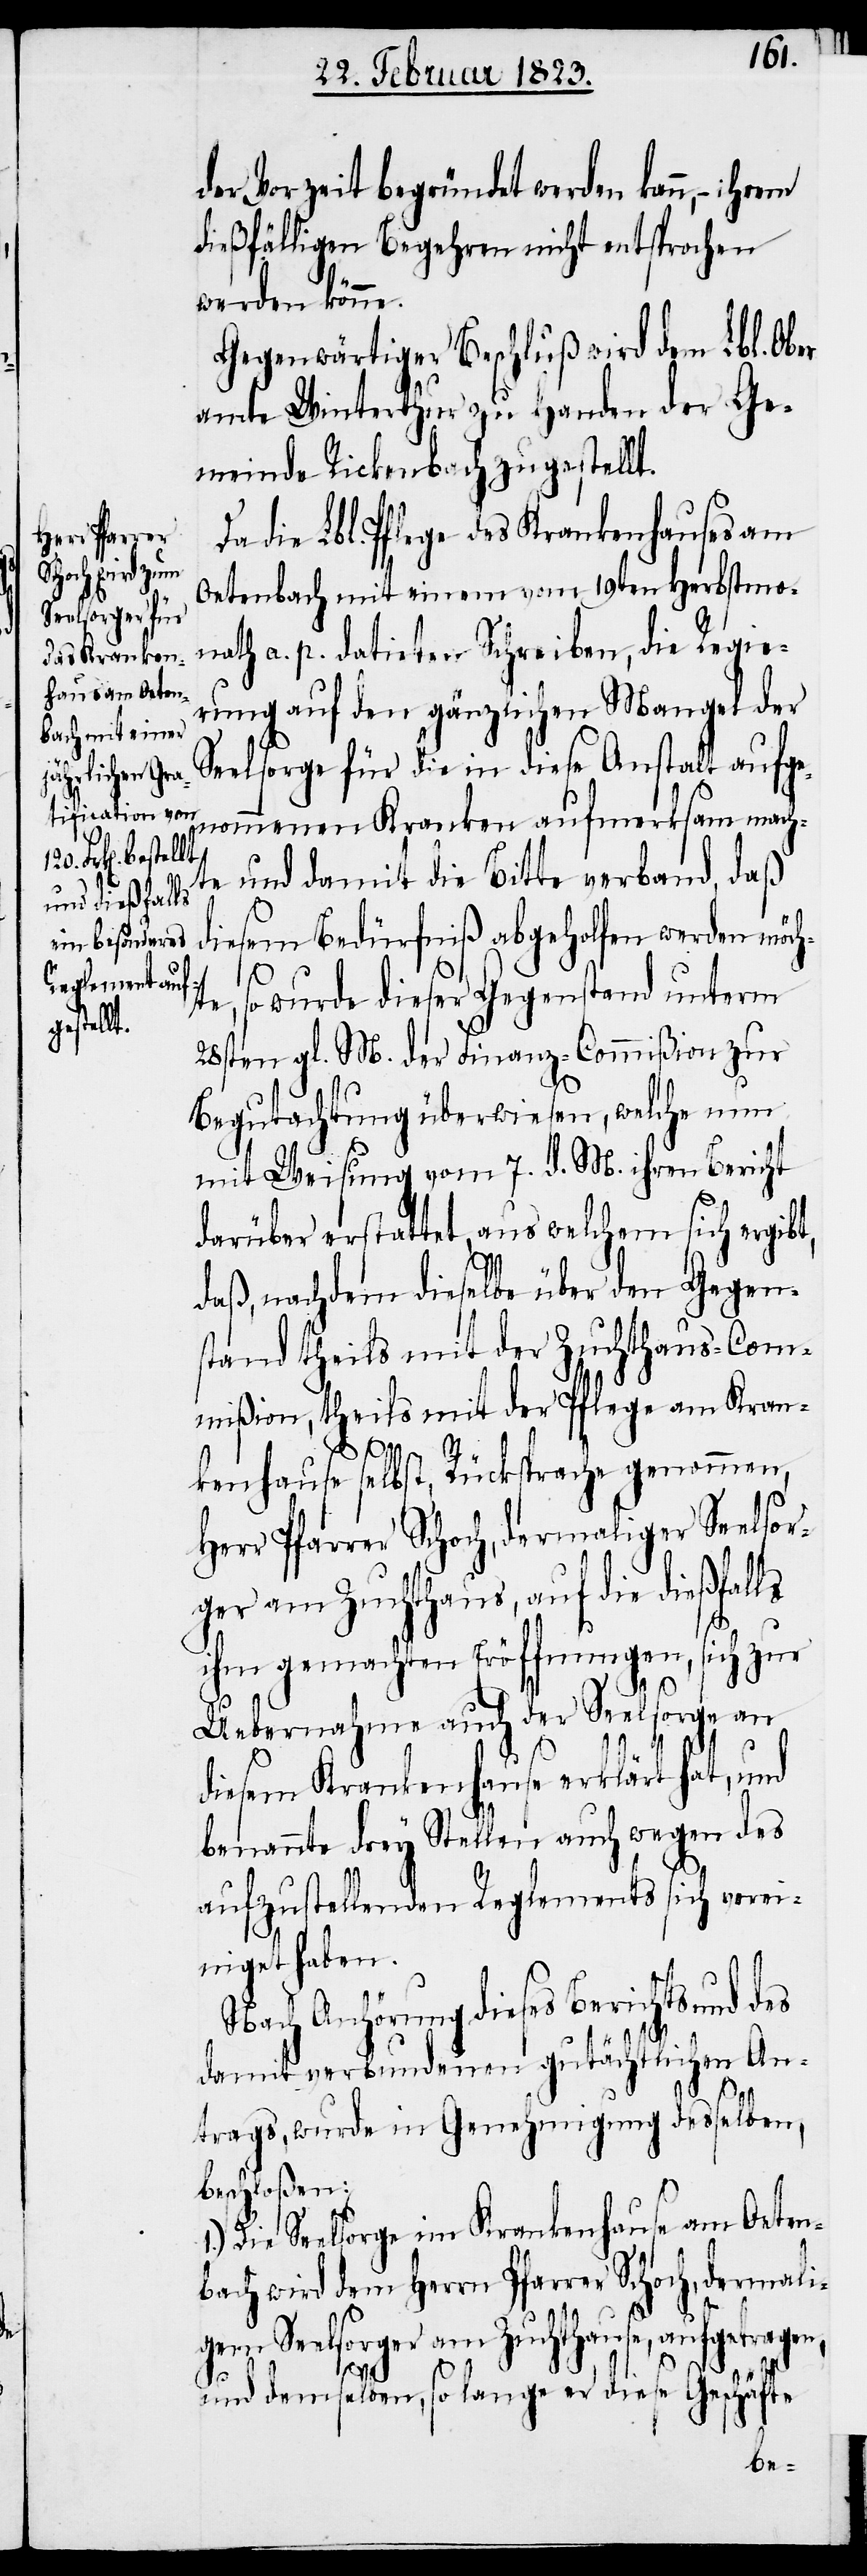
der Vorzeit begründet werden kann, –
dießfälligen Begehren nicht entsprochen
1.)
werden könne.
Gegenwärtiger Beschluß wird dem Lbl. Ob¬
amte Winterthur zu Handen der Ge¬
meinde Rickenbach zugestellt.
Da die Lbl. Pflege des Krankenhauses am
Oetenbach mit einem vom 19ten Herbstmo¬
nath a. p. datirten Schreiben, die Regie¬
rung auf den gänzlichen Mangel der
Seelsorge für die in diese Anstalt aufge¬
nommenen Kranken aufmerksam macht¬
e und damit die Bitte verband, daß
diesem Bedürfniß abgeholfen werden möch¬
te, so wurde dieser Gegenstand unterm
28sten gl. M. der Finanz-Commißion zur
Begutachtung überwiesen, welche nun
mit Weisung vom 7. d. M. ihren Bericht
darüber erstattet, aus welchem sich ergibt,
daß, nachdem dieselbe über den Gegens¬
tand theils mit der Zuchthaus-Com¬
mißion, theils mit der Pflege am Kran¬
kenhause selbst, Rücksprache genommen,
Herr Pfarrer Schoch, dermaliger Seelsor¬
ger am Zuchthaus, auf die dießfalls
ihm gemachten Eröffnungen, sich zur
Uebernahme auch der Seelsorge an
diesem Krankenhause erklärt hat, und
benannte drey Stellen auch wegen des
aufzustellenden Reglements sich verei¬
niget haben.
Nach Anhörung dieses Berichts und des
er¬
damit verbundenen gutächtlichen An¬
trags, wurde in Genehmigung desselben,
beschloßen:
Die Seelsorge im Krankenhause am Oeten¬
bach wird dem Herrn Pfarrer Schoch, dermali¬
gem Seelsorger am Zuchthause, aufgetragen,
und demselben, so lange er diese Geschäfte